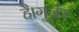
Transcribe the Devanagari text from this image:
है।गुर्जर